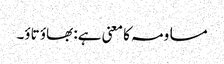
مساومہ کا معنی ہے: بھاؤ تاؤ۔